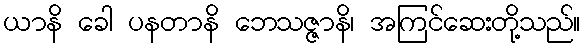
ယာနိ ခေါ ပနတာနိ ဘေသဇ္ဇာနိ၊ အကြင်ဆေးတို့သည်။